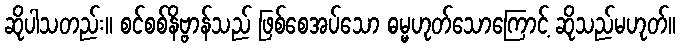
ဆိုပါသတည်း။ စင်စစ်နိဗ္ဗာန်သည် ဖြစ်စေအပ်သော ဓမ္မဟုတ်သောကြောင့် ဆိုသည်မဟုတ်။